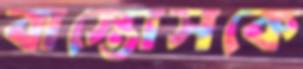
বাস্তোসকে